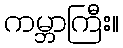
ကမ္ဘာကြီး။